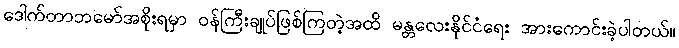
ဒေါက်တာဘမော်အစိုးရမှာ ဝန်ကြီးချုပ်ဖြစ်ကြတဲ့အထိ မန္တလေးနိုင်ငံရေး အားကောင်းခဲ့ပါတယ်။